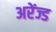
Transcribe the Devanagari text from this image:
अरेंज्ड